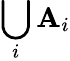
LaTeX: \bigcup_{i}\mathbf{A}_{i}